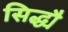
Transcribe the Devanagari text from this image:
सिद्ध्यै